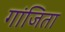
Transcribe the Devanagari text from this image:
गांजिता